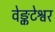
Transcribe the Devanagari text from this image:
वेङ्कटेश्वर